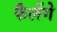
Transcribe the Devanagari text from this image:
फैलेंगे